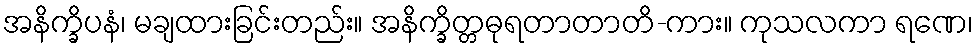
အနိက္ခိပနံ၊ မချထားခြင်းတည်း။ အနိက္ခိတ္တဓုရတာတာတိ-ကား။ ကုသလကာ ရဏေ၊